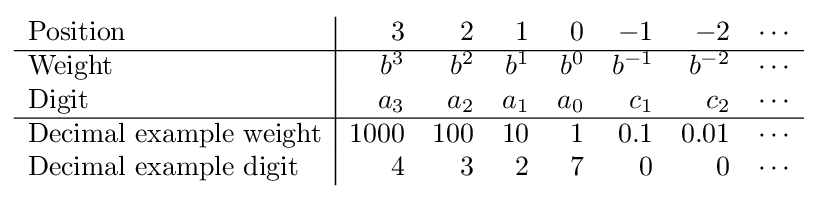
{\begin{array}{l|rrrrrrr}{\text{Position}}&3&2&1&0&-1&-2&\cdots \\\hline {\text{Weight}}&b^{3}&b^{2}&b^{1}&b^{0}&b^{-1}&b^{-2}&\cdots \\{\text{Digit}}&a_{3}&a_{2}&a_{1}&a_{0}&c_{1}&c_{2}&\cdots \\\hline {\text{Decimal example weight}}&1000&100&10&1&0.1&0.01&\cdots \\{\text{Decimal example digit}}&4&3&2&7&0&0&\cdots \end{array}}